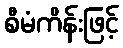
စီမံကိန်းဖြင့်